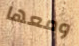
ومعها